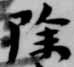
除